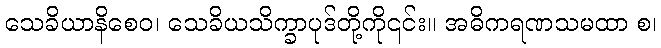
သေခိယာနိစေဝ၊ သေခိယသိက္ခာပုဒ်တို့ကို၎င်း။ အဓိကရဏသမထာ စ၊